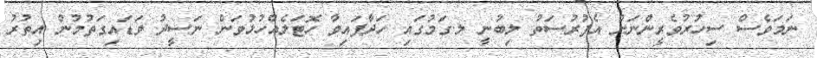
ނަމަވެސް ސިހުރުވެރީންނަށް އެފުރުސަތު ލިބުނީ ލ.ގަމުގައި ހަދާފައިވާ ހޮޓަލެއްހުޅުވަން ނަސީދު ވަޑައިގަތުމުން އިތުރު